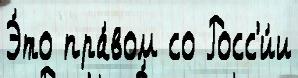
Э́то пра́вом со Росс'и́и